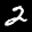
Label: 2